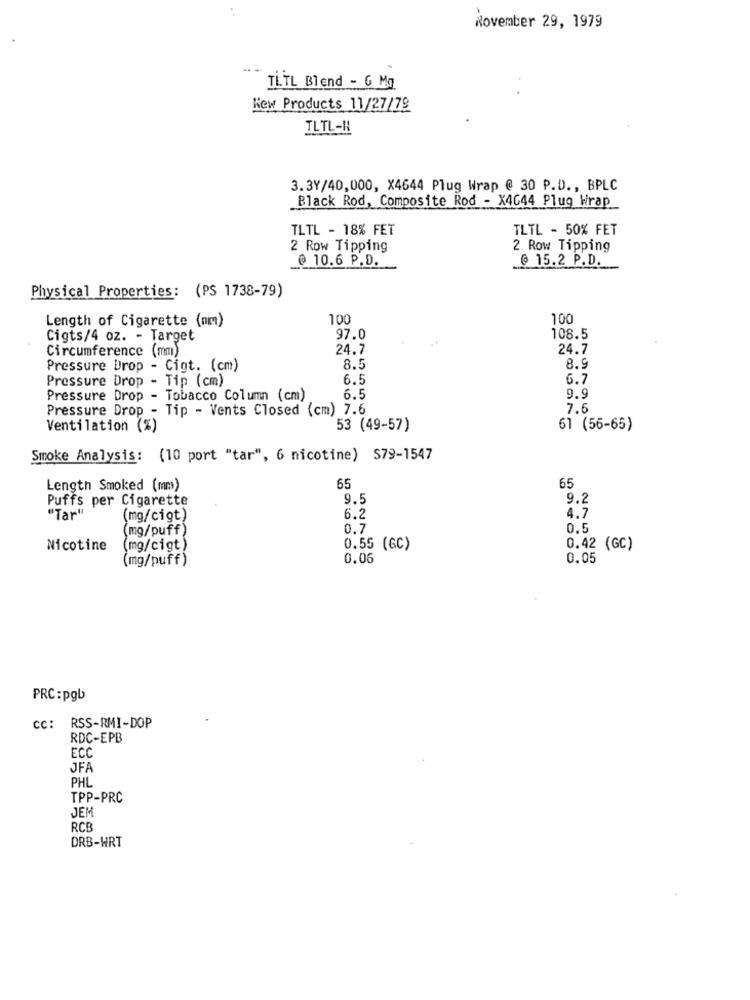
November 29, 1979
TLTL Blend - 6 Mg
New Products 11/27/79
TLTL-H
3.3Y/40,000, X4644 Plug Wrap @ 30 P.D ., BPLC
Black Rod, Composite Rod - X4644 Plug Wrap
TLTL - 18% FET
TLTL - 50% FET
2 Row Tipping
2 Row Tipping
10.6 P.D.
@ 15.2 P.D.
Physical Properties: (PS 1738-79)
Length of Cigarette (nm)
100
100
Cigts/4 oz. - Target
97.0
108.5
Circumference (mm)
24.7
24.7
Pressure Drop - Cigt. (cm)
8.5
8.9
Pressure Drop - Tip (cm)
6.5
6.7
Pressure Drop - Tobacco Column (cm)
6.5
9.9
Pressure Drop - Tip - Vents Closed (cm) 7.6
7.6
Ventilation (%)
53 (49-57)
61 (56-65)
Smoke Analysis: (10 port "tar", 6 nicotine) $79-1547
Length Smoked (mm)
65
65
Puffs per Cigarette
9.5
9.2
"Tar"
6.2
4.7
(mg/cigt)
(mg/puff)
0.7
0.5
Nicotine
(mg/cigt)
0.55 (GC)
0.42 (GC)
(mg/puff)
0.06
0.05
PRC:pgb
cc: RSS-RMI-DOP
RDC-EPB
ECC
JFA
PHL
TPP-PRC
JEM
RCE
DRB-WRT